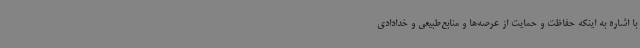
با اشاره به اینکه حفاظت و حمایت از عرصه‌ها و منابع‌طبیعی و خدادادی